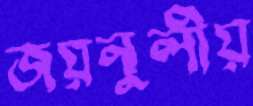
জয়নুলীয়